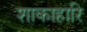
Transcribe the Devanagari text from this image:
शाकाहारि